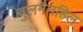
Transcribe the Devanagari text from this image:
वुलमैनहिल